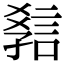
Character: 𧧿